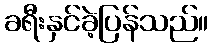
ခရီးနှင်ခဲ့ပြန်သည်။